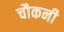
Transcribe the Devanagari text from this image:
चौकनी